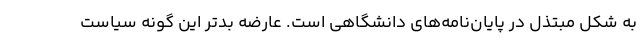
به شکل مبتذل در پایان‌نامه‌های دانشگاهی است. عارضه بدتر این گونه سیاست